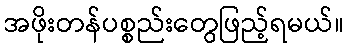
အဖိုးတန်ပစ္စည်းတွေဖြည့်ရမယ်။